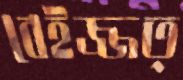
বেইজ্জত্